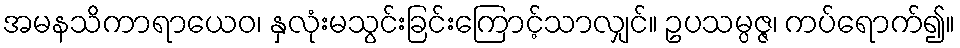
အမနသိကာရာယေဝ၊ နှလုံးမသွင်းခြင်းကြောင့်သာလျှင်။ ဥပသမ္ပဇ္ဇ၊ ကပ်ရောက်၍။